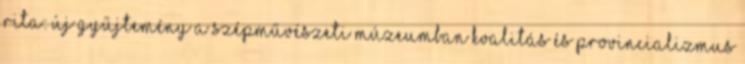
Rita: Új gyűjtemény a Szépművészeti Múzeumban Kvalitás és provincializmus